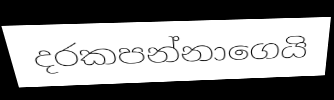
දරකපන්නාගෙයි